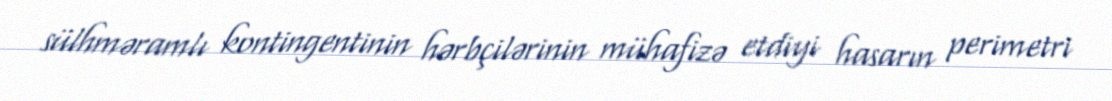
sülhməramlı kontingentinin hərbçilərinin mühafizə etdiyi hasarın perimetri